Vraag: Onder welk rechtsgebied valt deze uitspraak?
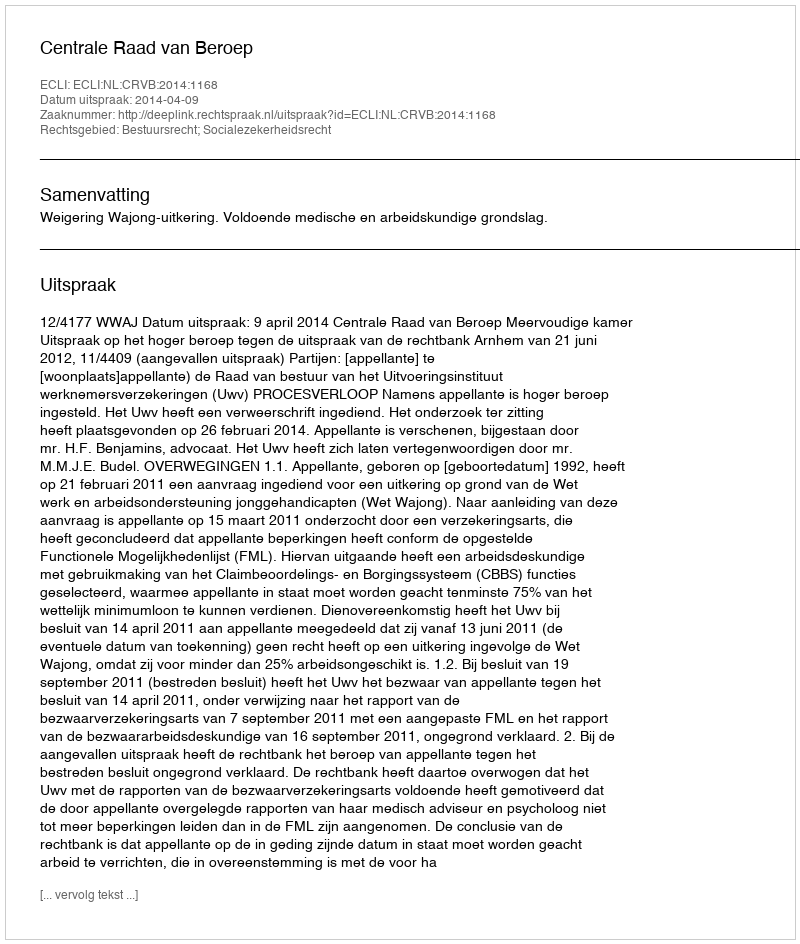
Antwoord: Bestuursrecht; Socialezekerheidsrecht